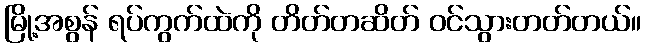
မြို့အစွန် ရပ်ကွက်ထဲကို တိတ်တဆိတ် ဝင်သွားတတ်တယ်။